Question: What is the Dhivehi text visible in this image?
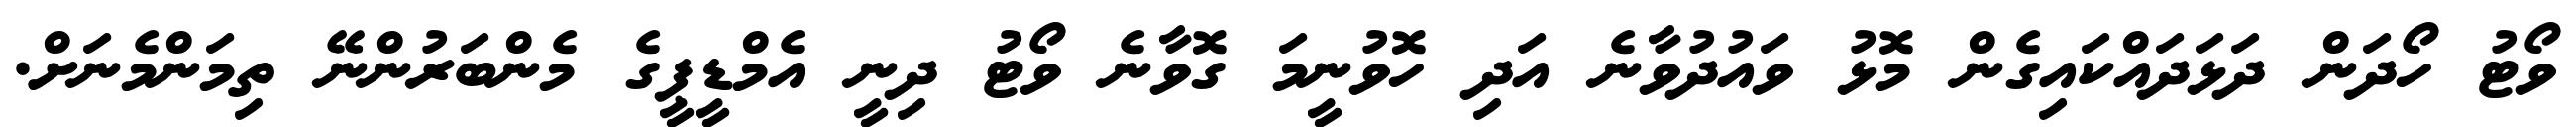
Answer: ވޯޓު ހޯދަން ދަޅަދައްކައިގެން މޮޅު ވައުދުވާނެ އަދި ހޮވުނީމަ ގޮވާނެ ވޯޓު ދިނީ އެމްޑީޕީގެ މެންބަރުންނޭ ތިމަންމެނަށް.